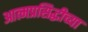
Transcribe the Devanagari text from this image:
आत्मप्रसिद्धीच्या